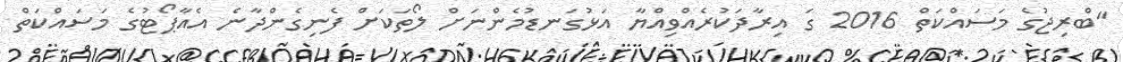
"ބްރިޖުގެ މަސައްކަތް 2016 ގަ އިރާދަކުރެއްވިއްޔާ އަޅުގަނޑުމެންނަށް ލޯތަކަށް ފެނިގެންދާނެ އެއާޕޯޓުގެ މަސައްކަތް